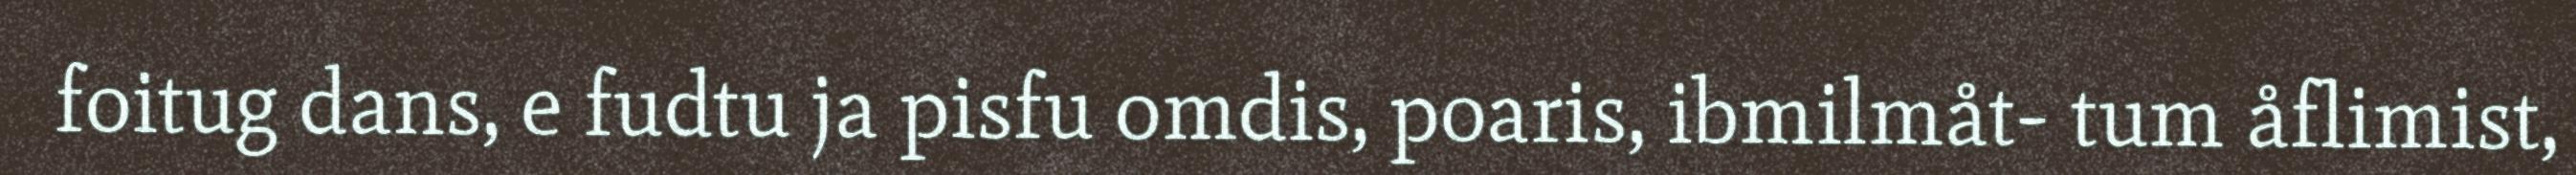
foitug dans, e fudtu ja pisfu omdis, poaris, ibmilmåt- tum åflimist,